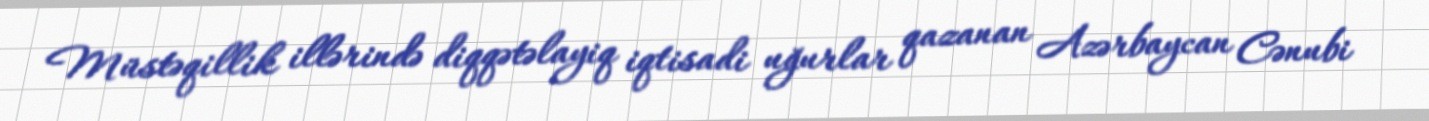
Müstəqillik illərində diqqətəlayiq iqtisadi uğurlar qazanan Azərbaycan Cənubi